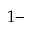
1 -